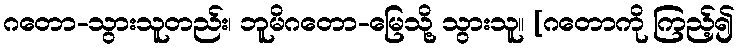
ဂတော-သွားသူတည်း၊ ဘူမိဂတော-မြေသို့ သွားသူ။ [ဂတောကို ကြည့်၍